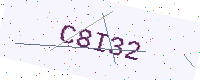
Text: C8I32